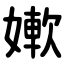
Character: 㜛